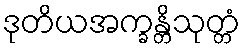
ဒုတိယအက္ခန္တိသုတ္တံ